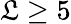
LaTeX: \mathfrak{L}\geq5